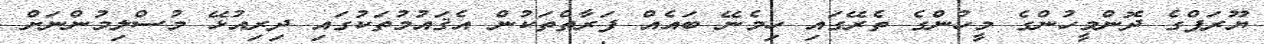
ޔޫރަޕްގެ ދޮންމީހުންގެ މީހުންގެ ތެރޭގައި ހިމެނޭ ބައެއް ފަރާތްތަކުން އެޤައުމުތަކުގައި ދިރިއުޅޭ މުސްލިމުންނަށް